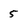
Character: 5